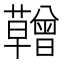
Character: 𮓆